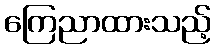
ကြေညာထားသည့်